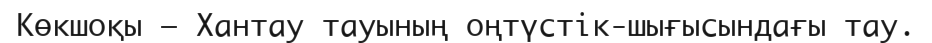
Көкшоқы – Хантау тауының оңтүстік-шығысындағы тау.